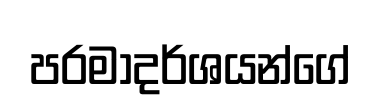
පරමාදර්ශයන්ගේ